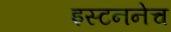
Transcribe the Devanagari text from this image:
इस्टननेच